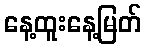
နေ့ထူးနေ့မြတ်